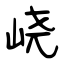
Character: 峣